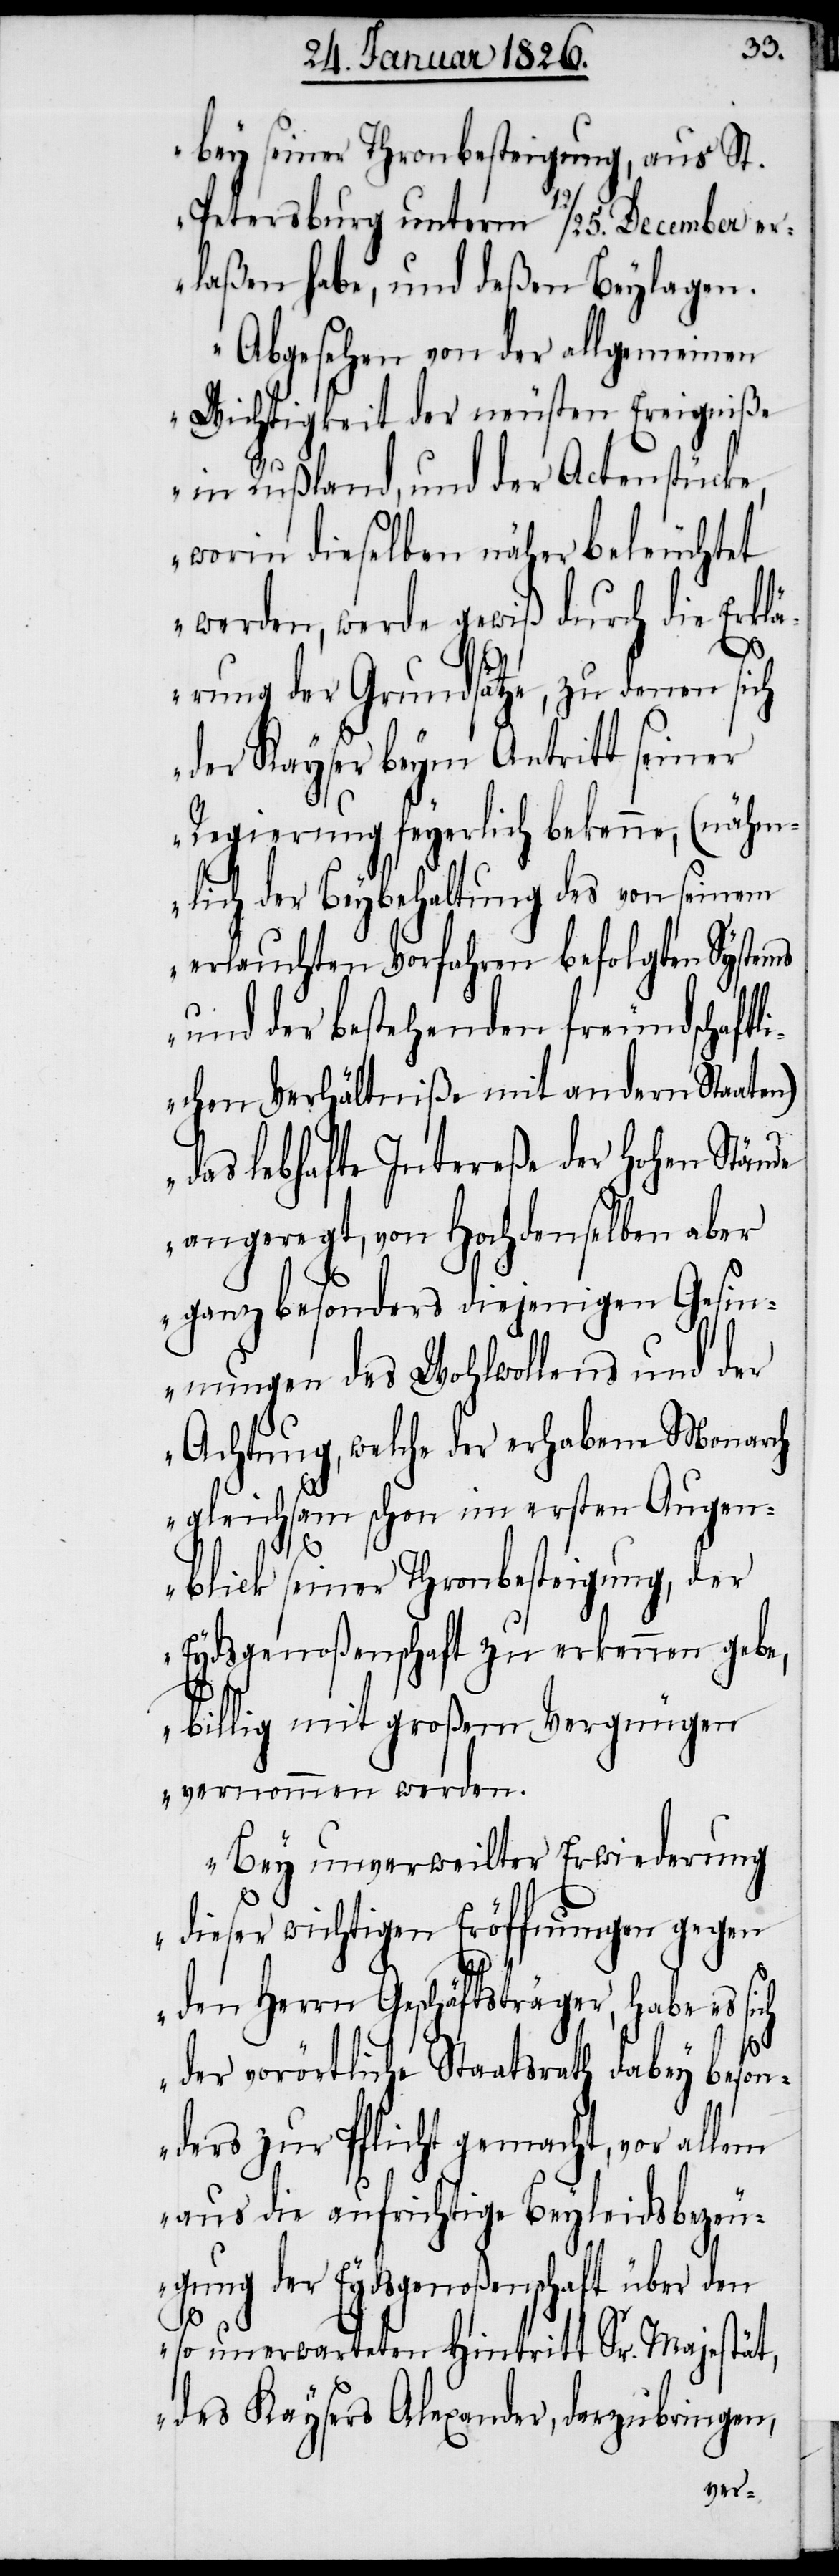
bey seiner Thronbesteigung, aus St.
Petersburg unterm 12/25. December er¬
laßen, habe und deßen Beylagen.
Abgesehen von der allgemeinen
Wichtigkeit der neusten Ereigniße
in Rußland, und der Actenstücke,
worin dieselben näher beleuchtet
werden, werde gewiß durch die Erklä¬
rung der Grundsätze, zu denen sich
der Kayser beym Antritt seiner
Regierung feyerlich bekenne, (nähm¬
lich der Beybehaltung des von seinem
erlauchten Vorfahren befolgten Systems
und der bestehenden freundschaftl¬
ichen Verhältniße mit andern Staaten)
das lebhafte Intereße der hohen Stände
angeregt, von Hochdenselben aber
ganz besonders diejenigen Gesin¬
nungen des Wohlwollens und der
Achtung, welche der erhabene Monarch
gleichsam schon im ersten Augen¬
blick seiner Thronbesteigung, der
Eydsgenoßenschaft zu erkennen gebe,
billig mit großem Vergnügen
vernommen werden.
Bey unverweilter Erwiederung
dieser wichtigen Eröffnungen gegen
den Herrn Geschäftsträger, habe es
der vorörtliche Staatsrath dabey beson¬
ders zur Pflicht gemacht, vor allem
aus die aufrichtige Beyleidsbezeu¬
gung der Eydsgenoßenschaft über den
so unerwarteten Hintritt Sr. Majestät,
des Kaysers Alexander, darzubringen,